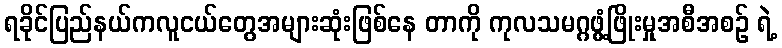
ရခိုင်ပြည်နယ်ကလူငယ်တွေအများဆုံးဖြစ်နေ တာကို ကုလသမဂ္ဂဖွံ့ဖြိုးမှုအစီအစဉ် ရဲ့